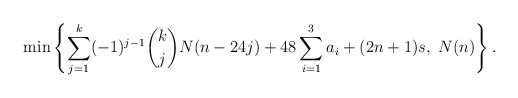
\begin{align*} \min \left\{ \sum_{j=1}^k (-1)^{j-1} \binom{k}{j} N(n-24j)+48\sum_{i=1}^3 a_i+ (2n+1)s, \ N(n) \right\}. \end{align*}